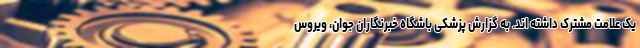
یک علامت مشترک داشته اند. به گزارش پزشکی باشگاه خبرنگاران جوان، ویروس